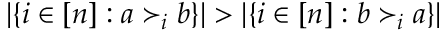
| \{ i \in [ n ] : a \succ _ { i } b \} | > | \{ i \in [ n ] : b \succ _ { i } a \} |